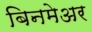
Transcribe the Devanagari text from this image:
बिनमेअर